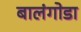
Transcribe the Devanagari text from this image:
बालंगोडा